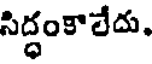
సిద్ధంకాలేదు.